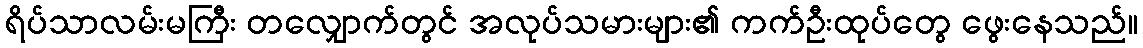
ရိပ်သာလမ်းမကြီး တလျှောက်တွင် အလုပ်သမားများ၏ ကက်ဦးထုပ်တွေ ဖွေးနေသည်။